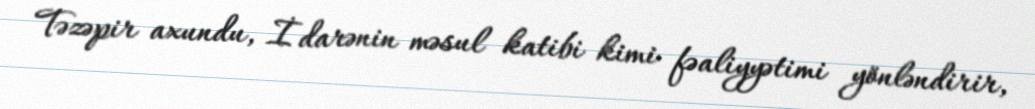
Təzəpir axundu, İdarənin məsul katibi kimi fəaliyyətimi yönləndirir,